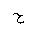
Letter: _ha